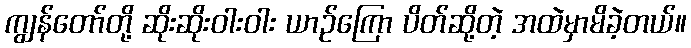
ကျွန်တော်တို့ ဆိုးဆိုးဝါးဝါး ယာဉ်ကြော ပိတ်ဆို့တဲ့ အထဲမှာမိခဲ့တယ်။